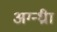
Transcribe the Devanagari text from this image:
अग्न्ध्रीा